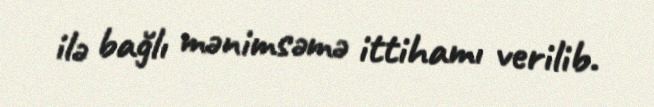
ilə bağlı mənimsəmə ittihamı verilib.